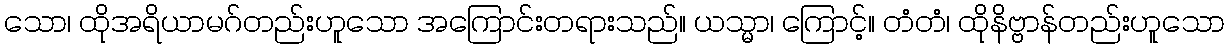
သော၊ ထိုအရိယာမဂ်တည်းဟူသော အကြောင်းတရားသည်။ ယသ္မာ၊ ကြောင့်။ တံတံ၊ ထိုနိဗ္ဗာန်တည်းဟူသော